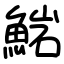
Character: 𩸶